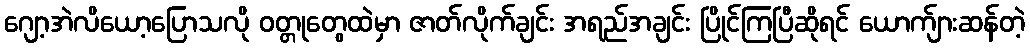
ဂျော့အဲလိယော့ပြောသလို ဝတ္တုတွေထဲမှာ ဇာတ်လိုက်ချင်း အရည်အချင်း ပြိုင်ကြပြီဆိုရင် ယောက်ျားဆန်တဲ့